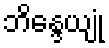
ဘိန္ဒေယျုံ